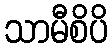
သာမီစိပိ